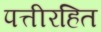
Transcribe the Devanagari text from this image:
पत्तीरहित